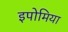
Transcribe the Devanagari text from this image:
इपोमिया